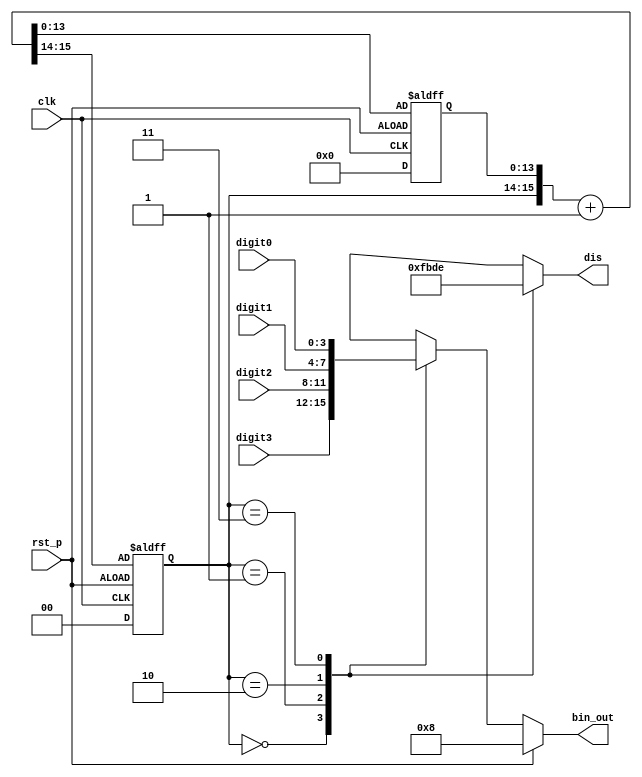
`timescale 1ns / 1ps
//////////////////////////////////////////////////////////////////////////////////
// Company: 
// Engineer: 
// 
// Design Name: 
// Module Name: scan_ctl
// Project Name: 
// Target Devices: 
// Tool Versions: 
// Description: 
// 
// Dependencies: 
// 
// Revision:
// Revision 0.01 - File Created
// Additional Comments:
// 
//////////////////////////////////////////////////////////////////////////////////


`define FREQ_DIV_SEG_BIT  16

module scan_ctl(
    input [3:0]digit3,
    input [3:0]digit2,
    input [3:0]digit1,
    input [3:0]digit0,
    input clk,
    input rst_p,
    output reg [3:0]dis,
    output reg [3:0]bin_out
    );
    reg [3:0]bin_next;
    reg [`FREQ_DIV_SEG_BIT - 3:0] clk_rec;
    reg [`FREQ_DIV_SEG_BIT - 1:0] cnt_tmp;
    reg [1:0]clk_out;
    
always @*
    cnt_tmp = {clk_out,clk_rec} + 1'b1;

always @(posedge clk or negedge rst_p)
    if (rst_p) 
        {clk_out,clk_rec} <= `FREQ_DIV_SEG_BIT'd0;
    else 
        {clk_out,clk_rec} <= cnt_tmp;
    
always @*
    case (clk_out)
        2'b00:  begin
            dis <= 4'b1111;
            bin_next <= digit3;
        end
        2'b01:  begin
            dis <= 4'b1011;
            bin_next <= digit2;
        end
        2'b10:  begin
            dis <= 4'b1101;
            bin_next <= digit1;
        end
        2'b11:  begin
            dis <= 4'b1110;
            bin_next <= digit0;
        end
        default:  begin
            dis <= 4'b0000;
            bin_next <= 4'b0000;
        end
    endcase
    
always @*
    if (rst_p)  
        bin_out <= 4'd8;
    else  
        bin_out <= bin_next;
        
endmodule